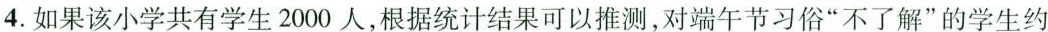
4.如果该小学共有学生2000人，根据统计结果可以推测，对端午节习俗”不了解”的学生约